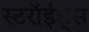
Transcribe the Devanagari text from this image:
स्टरॉईड्स